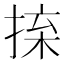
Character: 𢮕